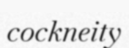
cockneity